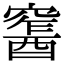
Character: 𨢛